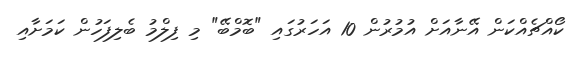
ކޯއްޗެއްކަން އޭނާއަށް އުމުރުން 10 އަހަރުގައި "ބޮމްބޭ" މި ފިލްމު ބެލިފަހުން ކަމަށާއި